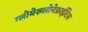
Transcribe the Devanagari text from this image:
ग्लोमेरुलोनेफ्राईटिस